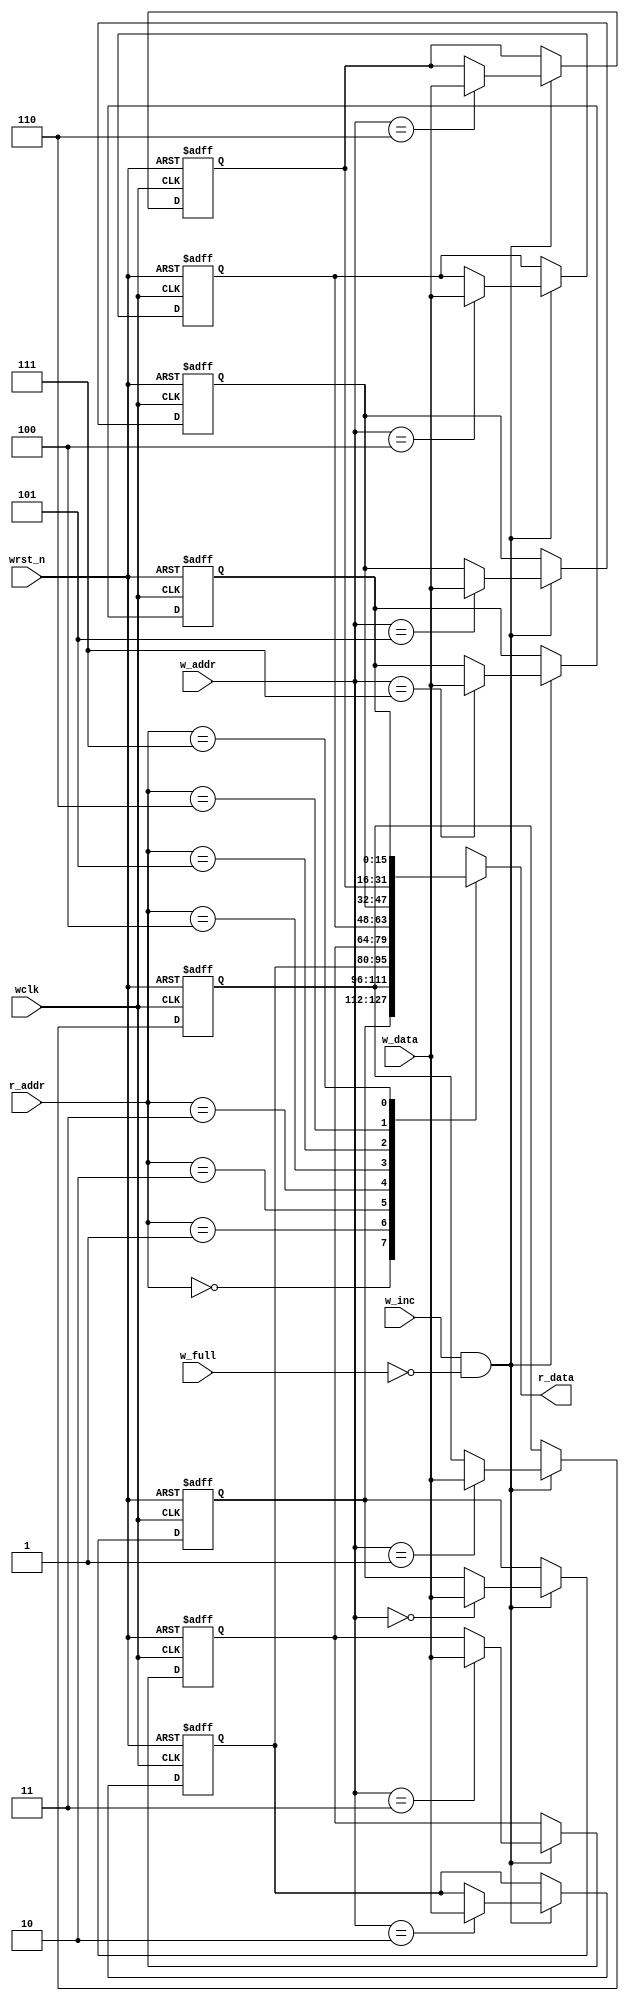
module FIFO_MEM_CNTRL #(parameter FIFO_width = 16 , parameter FIFO_depth = 8 , parameter Pointer_Size = 4 ) 
(
input wire  [ FIFO_width-1   :0 ] w_data,
input wire  [ Pointer_Size-2 :0 ] w_addr,
input wire  [ Pointer_Size-2 :0 ] r_addr,
input wire  w_inc,
input wire  w_full,
input wire  wclk,
input wire  wrst_n,
output wire  [ FIFO_width-1 :0 ] r_data
);
reg [FIFO_width-1 :0 ] FIFO_MEM [FIFO_depth-1:0];
integer i ;
integer j ;
always@(posedge wclk or negedge wrst_n)
 begin
	if(!wrst_n)
		begin
		 for( i = 0 ; i < (FIFO_depth) ; i = i+1 )
		  for( j = 0 ; j < (FIFO_width) ; j = j+1 )
				FIFO_MEM[i][j] <= 1'b0;
		end
	else
		begin
			if(w_inc && !w_full)
				begin
					FIFO_MEM[w_addr] <= w_data;
				end
		end
 end
 
 assign r_data = FIFO_MEM[r_addr];
 
 endmodule